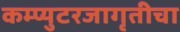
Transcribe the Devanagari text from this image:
कम्प्युटरजागृतीचा